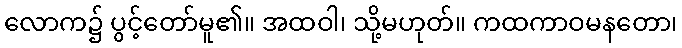
လောက၌ ပွင့်တော်မူ၏။ အထဝါ၊ သို့မဟုတ်။ ကထကာဝမနတော၊